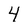
Character: 4